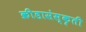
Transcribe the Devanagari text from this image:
क्रीडासंस्कृती